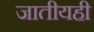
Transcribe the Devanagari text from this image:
जातीयही